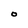
Character: O